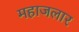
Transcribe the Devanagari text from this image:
महाजलार